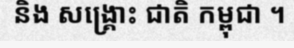
និង សង្គ្រោះ ជាតិ កម្ពុជា ។